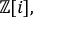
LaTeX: \mathbb { Z } [ i ] ,